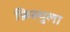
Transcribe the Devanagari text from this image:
फ़िस्चुला